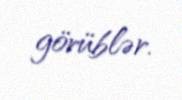
görüblər.